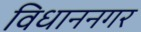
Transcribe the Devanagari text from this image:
विधाननगर